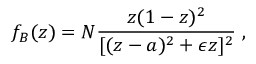
f _ { B } ( z ) = N \frac { z ( 1 - z ) ^ { 2 } } { [ ( z - a ) ^ { 2 } + \epsilon z ] ^ { 2 } } \; ,